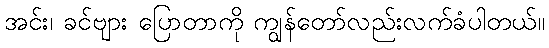
အင်း၊ ခင်ဗျား ပြောတာကို ကျွန်တော်လည်းလက်ခံပါတယ်။